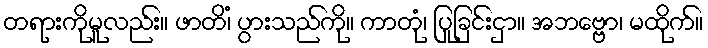
တရားကိုမူလည်း။ ဖာတိံ၊ ပွားသည်ကို။ ကာတုံ၊ ပြုခြင်းငှာ။ အဘဗ္ဗော၊ မထိုက်။